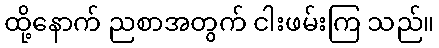
ထို့နောက် ညစာအတွက် ငါးဖမ်းကြ သည်။